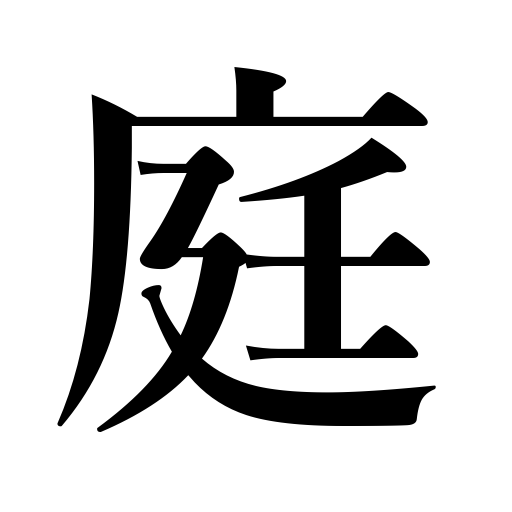
Meanings: garden,courtyard,yard